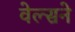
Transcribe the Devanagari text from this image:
वेल्सने